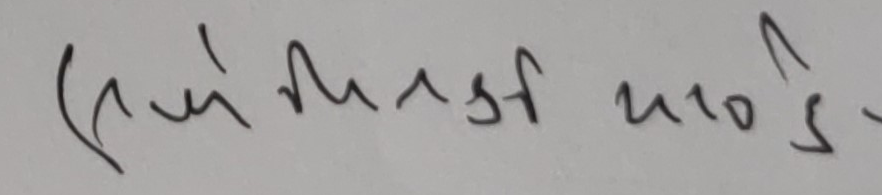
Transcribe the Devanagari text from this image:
कसै नहोस् -